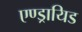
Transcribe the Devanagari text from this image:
एण्ड्रायिड